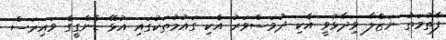
ފާތުމަތު ނަޒްލާ ވިދާޅުވީ އެކި ދުވަސްވަރު އެކި ގައުމުތަކުގައި އުޅޭ ޑެންގީގެ ވައިރަސް